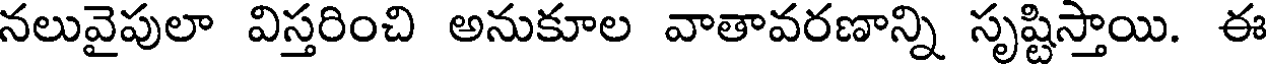
నలువైపులా విస్తరించి అనుకూల వాతావరణాన్ని సృష్టిస్తాయి. ఈ